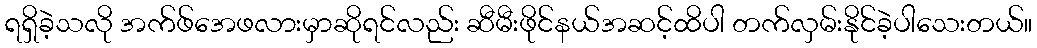
ရရှိခဲ့သလို အက်ဖ်အေဖလားမှာဆိုရင်လည်း ဆီမီးဖိုင်နယ်အဆင့်ထိပါ တက်လှမ်းနိုင်ခဲ့ပါသေးတယ်။